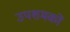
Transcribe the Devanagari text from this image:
उपशमकों